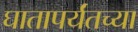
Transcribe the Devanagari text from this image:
घातापर्यंतच्या